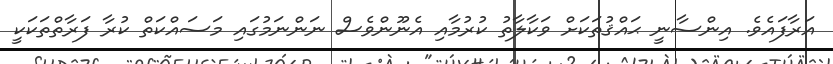
އަރާފައެވެ. އިންސާނީ ޙައްޤުތަކަށް ވަކާލާތު ކުރުމާއި އެނޫންވެސް ނަންނަމުގައި މަސައްކަތް ކުރާ ފަރާތްތަކަކީ